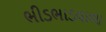
ભીડભાડવાળા